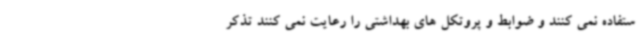
ستفاده نمی کنند و ضوابط و پروتکل های بهداشتی را رعایت نمی کنند تذکر